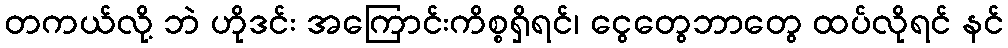
တကယ်လို့ ဘဲ ဟိုဒင်း အကြောင်းကိစ္စရှိရင်၊ ငွေတွေဘာတွေ ထပ်လိုရင် နင်